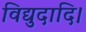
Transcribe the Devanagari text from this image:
विद्युदादि।